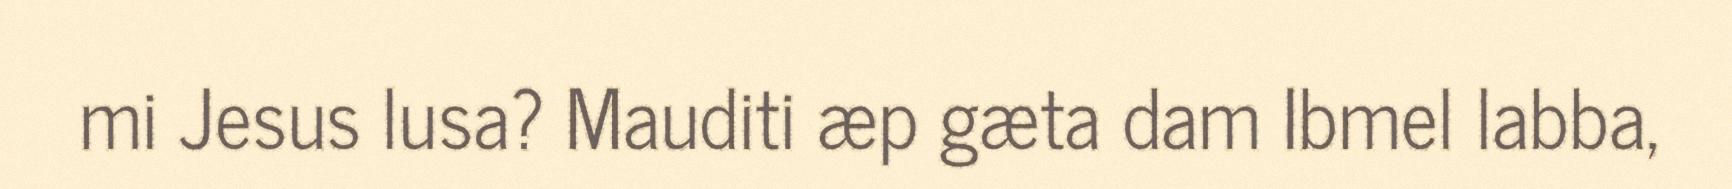
mi Jesus lusa? Mauditi æp gæta dam Ibmel labba,